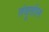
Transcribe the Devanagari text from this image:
तंबूतील